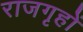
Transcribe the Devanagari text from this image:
राजगृहों